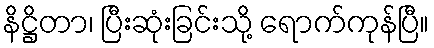
နိဋ္ဌိတာ၊ ပြီးဆုံးခြင်းသို့ ရောက်ကုန်ပြီ။